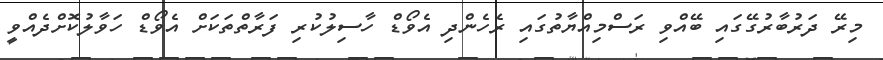
މިރޭ ދަރުބާރުގޭގައި ބޭއްވި ރަސްމިއްޔާތުގައި ރެހެންދި އެވޯޑް ހާސިލުކުރި ފަރާތްތަކަށް އެވޯޑް ހަވާލުކޮށްދެއްވީ